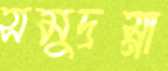
সমুদ্রস্না